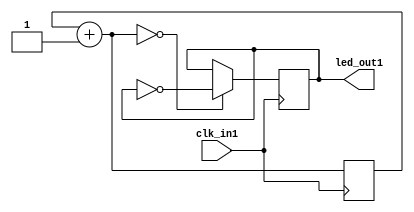
module pisca_leds(
    input clk_in1,
    output led_out1
);

reg [9:0] contador=0;
reg l=0;

assign led_out1=l;

always @(posedge clk_in1) begin
    contador=contador+1;
    if (contador==0) begin
        l=~l;
    end
end

endmodule


module testbench;
 wire led;
 reg clk=0;

 pisca_leds Leds1(clk,led);

 always #1 clk=~clk;

 initial begin
     $dumpvars;
     clk<=0;
     #50000;
     $finish;
 end
 endmodule